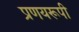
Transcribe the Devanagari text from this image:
प्रणयरूपी